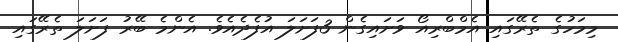
މިމަހުގެ ތެރޭގައި އެމްބްރިއޯ ވަށައިގެން 3ފަށަލަ އުފެދެއެވެ. އެންމެ ބޭރު ފަށަލަ ތެރޭގައި